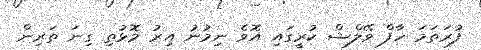
ފުރަތަމަ ހާފް ވޭލްޝް ކުރީގައި އޮވެ ނިމުނު އިރު މޮޅުތި ގިނަ ތަރިން